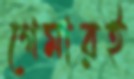
গেমারই